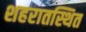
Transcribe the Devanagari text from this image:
शहरातस्थित